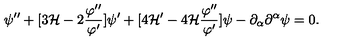
\psi ^ { \prime \prime } + [ 3 { \cal H } - 2 \frac { \varphi ^ { \prime \prime } } { \varphi ^ { \prime } } ] \psi ^ { \prime } + [ 4 { \cal H } ^ { \prime } - 4 { \cal H } \frac { \varphi ^ { \prime \prime } } { \varphi ^ { \prime } } ] \psi - \partial _ { \alpha } \partial ^ { \alpha } \psi = 0 .